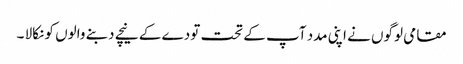
مقامی لوگوں نے اپنی مدد آپ کے تحت تودے کے نیچے دبنے والوں کو نکالا ۔